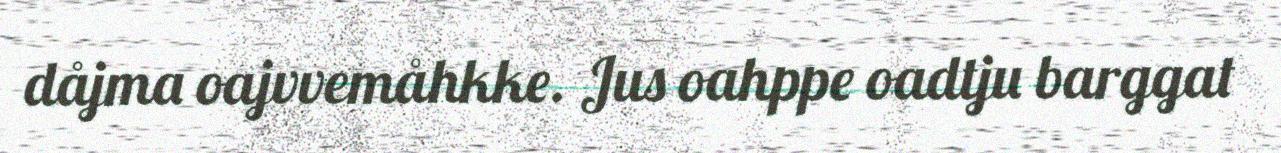
dåjma oajvvemåhkke. Jus oahppe oadtju barggat